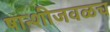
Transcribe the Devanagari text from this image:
षान्शीजवळच